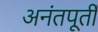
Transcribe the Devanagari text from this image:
अनंतपूर्ती